Calcutta medical institutions reports 1879-81 [i.e.91]
Year: 1879
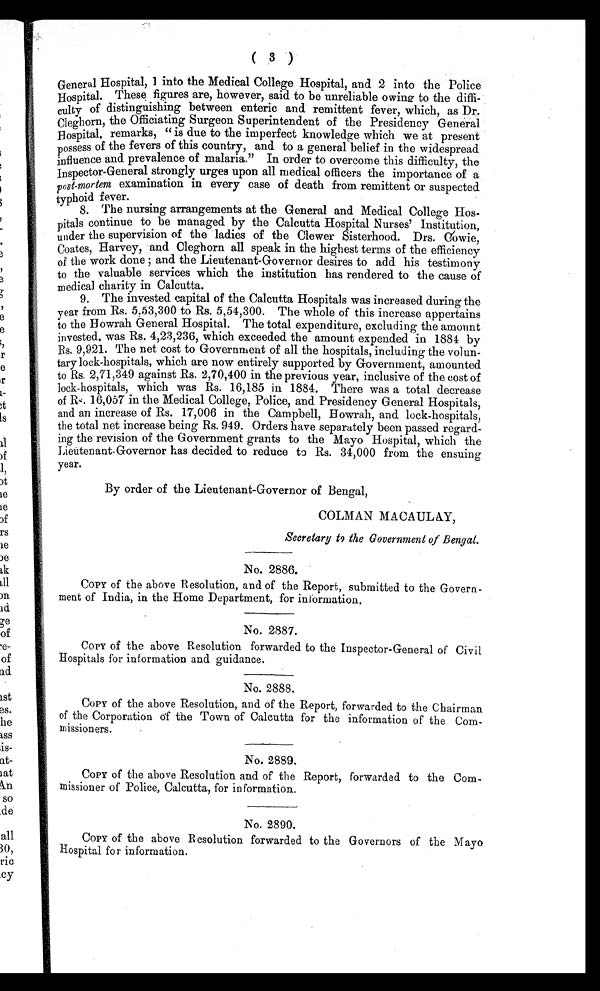
( 3 )
General Hospital, 1 into the Medical College Hospital, and 2 into the Police
Hospital. These figures are, however, said to be unreliable owing to the diffi--
culty of distinguishing between enteric and remittent fever, which, as Dr.
Cleghorn, the Officiating Surgeon Superintendent of the Presidency General
Hospital, remarks, "is due to the imperfect knowledge which we at present
possess of the fevers of this country, and to a general belief in the widespread
influence and prevalence of malaria." In order to overcome this difficulty, the
Inspector-General strongly urges upon all medical officers the importance of a
post-mortem examination in every case of death from remittent or suspected
typhoid fever.
8.
The nursing arrangements at the General and Medical College Hos-
pitals continue to be managed by the Calcutta Hospital Nurses' Institution,
under the supervision of the ladies of the Clewer Sisterhood. Drs. Cowie,
Coates, Harvey, and Cleghorn all speak in the highest terms of the efficiency
of t he work done ; and t he Li eut enant -Governor desi res t o add hi s t est i mony
to the valuable services which the institution has rendered to the cause of
medical charity in Calcutta.
9.
The invested capital of the Calcutta Hospitals was increased during the
year from Rs. 5,53,300 to Rs. 5,54,300. The whole of this increase appertains
to the Howrah General Hospital. The total expenditure, excluding the amount
invested, was Rs. 4,23,236, which exceeded the amount expended in 1884 by
Rs. 9,921. The net cost to Government of all the hospitals, including the volun--
tary lock-hospitals, which are now entirely supported by Government, amounted
to Rs. 2,71,349 against Rs. 2,70,400 in the previous year, inclusive of the cost of
lock-hospitals, which was Rs. 16,185 in 1884. There was a total decrease
of Rs. 16,057 in the Medical College, Police, and Presidency General Hospitals,
and an increase of Rs. 17,006 in the Campbell, Howrah, and lock-hospitals,
the total net increase being Rs. 949. Orders have separately been passed regard--
ing the revision of the Government grants to the Mayo Hospital, which the
Lieutenant-Governor has decided to reduce to Rs. 34,000 from the ensuing
year.
By order of the Lieutenant-Governor of Bengal,
COLMAN MACAULAY,
Secretary to the Government of Bengal.
No. 2886.
COPY of the above Resolution, and of the Report, submitted to the Govern--
ment of India, in the Home Department, for information.
No. 2887.
COPY of the above Resolution forwarded to the Inspector-General of Civil
Hospitals for information and guidance.
No. 2888.
COPY of the above Resolution, and of the Report, forwarded to the Chairman
of the Corporation of the Town of Calcutta for the information of the Com--
missioners.
No. 2889.
COPY of the above Resolution and of the Report, forwarded to the Com--
missioner of Police, Calcutta, for information.
No, 2890.
COPY of the above Resolution forwarded to the Governors of the Mayo
Hospital for information.